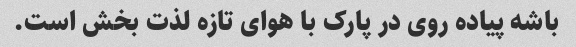
باشه پیاده روی در پارک با هوای تازه لذت بخش است.